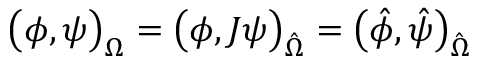
\big ( \phi , \psi \big ) _ { \Omega } = \big ( \phi , J \psi \big ) _ { \hat { \Omega } } = \big ( \hat { \phi } , \hat { \psi } \big ) _ { \hat { \Omega } }